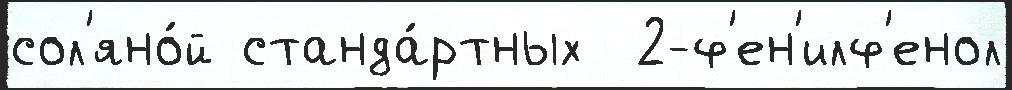
сол'яно́й станда́ртных  2-ф'ен'илф'енол